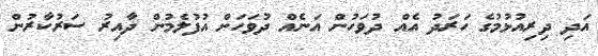
އަދި ދިރިއުޅުމުގެ ހަރަދު އެއް ދުވަހުން އަނެއް ދުވަހަށް އުފުލެމުން ދާއިރު ސަރުކާރުން